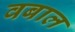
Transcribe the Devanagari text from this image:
वबाल